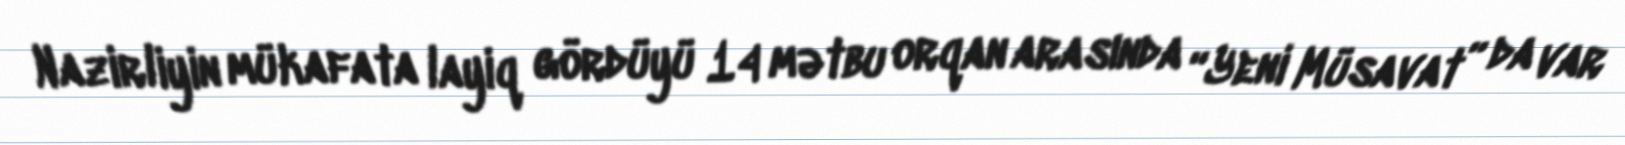
Nazirliyin mükafata layiq gördüyü 14 mətbu orqan arasında “Yeni Müsavat” da var